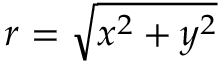
r = \sqrt { x ^ { 2 } + y ^ { 2 } }